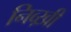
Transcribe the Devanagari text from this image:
निव्ख़ी